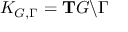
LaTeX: K _ { G , \Gamma } = \mathrm { \bf T } G \backslash \Gamma